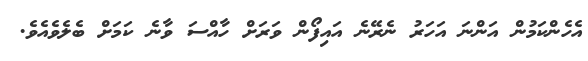
އެހެންކަމުން އަންނަ އަހަރު ނެރޭނެ އައިފޯން ވަރަށް ހާއްސަ ވާނެ ކަމަށް ބެލެވެއެވެ.